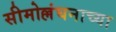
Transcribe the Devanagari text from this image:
सीमोल्लंघनाच्या